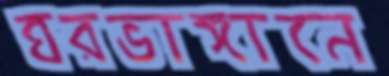
ঘরভাঙ্গানে